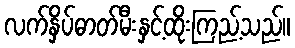
လက်နှိပ်ဓာတ်မီးနှင့်ထိုးကြည့်သည်။